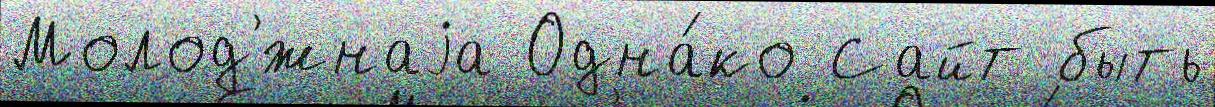
Молод'́жнаjа Одна́ко Сайт быть